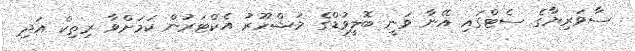
ސާވަރިޔާގެ ސެޓްގައި އޭނާ ވަނީ ބޮލީވުޑްގެ މަޝްހޫރު އެކްޓަރުން ކަމަށްވާ ރިތިކް އަދި